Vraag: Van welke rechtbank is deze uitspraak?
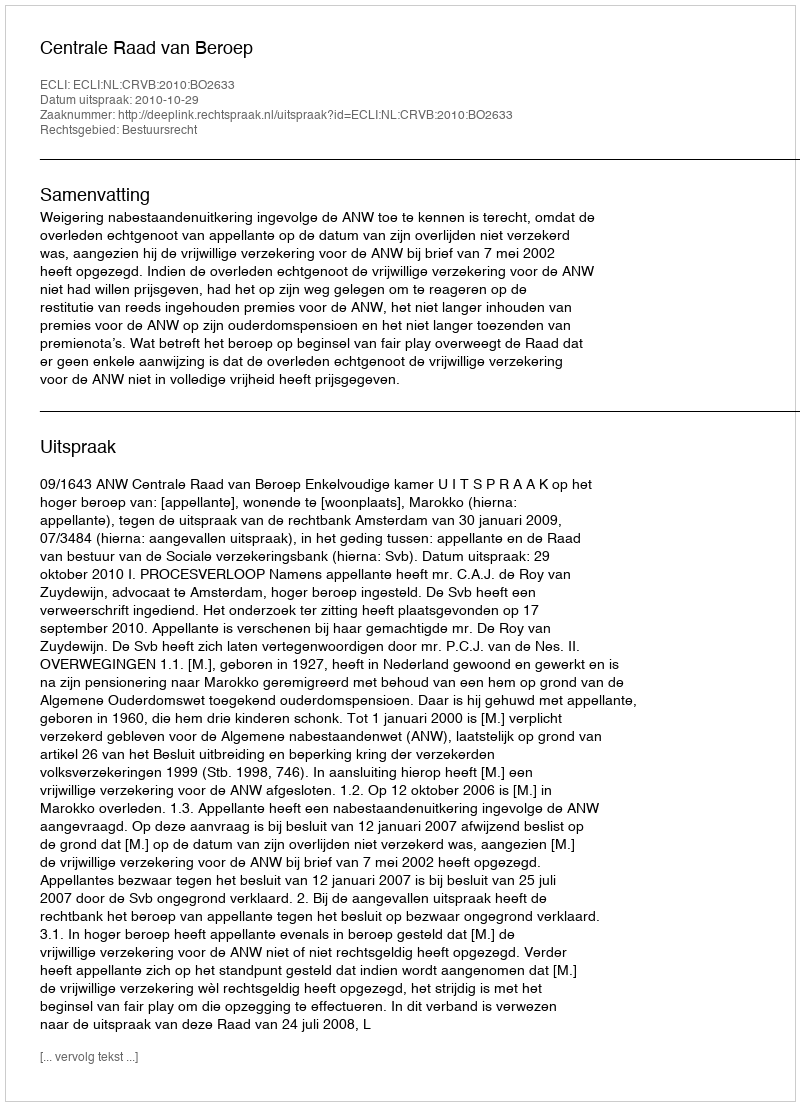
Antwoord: Centrale Raad van Beroep